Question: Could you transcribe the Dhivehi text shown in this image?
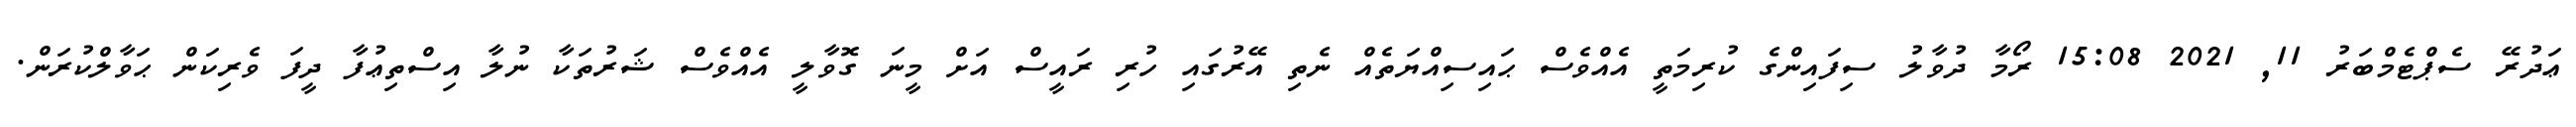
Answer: ޢަދުރޭ ސެޕްޓެމްބަރު 11, 2021 15:08 ރޯމާ ދުވާލު ސިފައިންގެ ކުރިމަތީ އެއްވެސް ޙައިސިއްޔަތެއް ނެތި އޭރުގައި ހުރި ރައީސް އަށް މީނަ ގޮވާލީ އެއްވެސް ޝަރުތަކާ ނުލާ އިސްތިޢުފާ ދީފަ ވެރިކަން ޙަވާލްކުރަން.